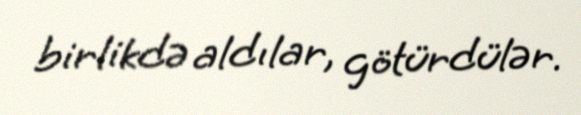
birlikdə aldılar, götürdülər.